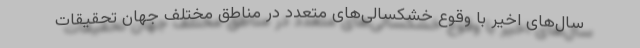
سال‌های اخیر با وقوع خشکسالی‌های متعدد در مناطق مختلف جهان تحقیقات